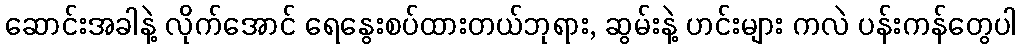
ဆောင်းအခါနဲ့ လိုက်အောင် ရေနွေးစပ်ထားတယ်ဘုရား, ဆွမ်းနဲ့ ဟင်းများ ကလဲ ပန်းကန်တွေပါ